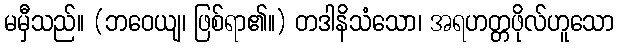
မမှီသည်။ (ဘဝေယျ၊ ဖြစ်ရာ၏။) တဒါနိသံသော၊ အရဟတ္တဖိုလ်ဟူသော